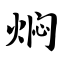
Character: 焖